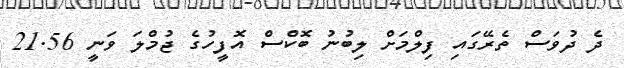
ދެ ދުވަސް ތެރޭގައި ފިލްމަށް ލިބުނު ބޮކްސް އޮފީހުގެ ޖުމްލަ ވަނީ 21.56